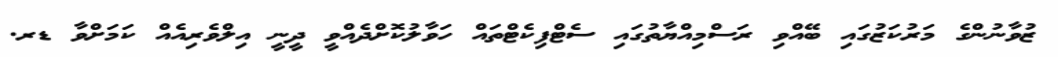
ޒުވާނުންގެ މަރުކަޒުގައި ބޭއްވި ރަސްމިއްޔާތުގައި ސެޓްފިކެޓްތައް ހަވާލުކޮށްދެއްވީ ދީނީ އިލްވެރިއެއް ކަމަށްވާ ޑރ.